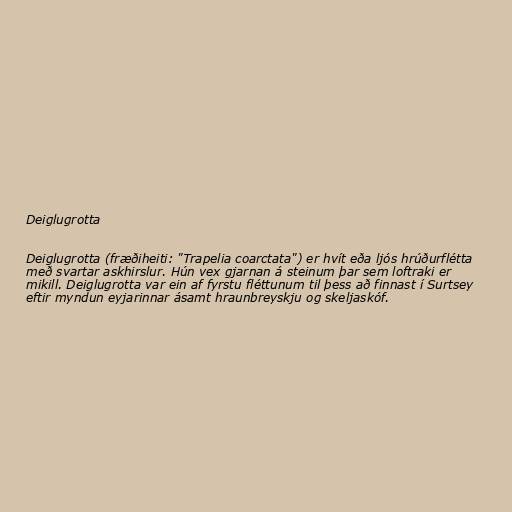
Deiglugrotta

Deiglugrotta (fræðiheiti: "Trapelia coarctata") er hvít eða ljós hrúðurflétta
með svartar askhirslur. Hún vex gjarnan á steinum þar sem loftraki er
mikill. Deiglugrotta var ein af fyrstu fléttunum til þess að finnast í Surtsey
eftir myndun eyjarinnar ásamt hraunbreyskju og skeljaskóf.